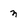
Character: n